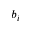
b _ { i }